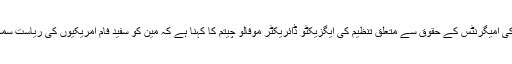
ریاستِ مین کی امیگرنٹس کے حقوق سے متعلق تنظیم کی ایگزیکٹو ڈائریکٹر موفالو چیتم کا کہنا ہے کہ مین کو سفید فام امریکیوں کی ریاست سمجھا جاتا ہے۔